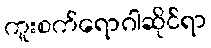
ကူးစက်ရောဂါဆိုင်ရာ